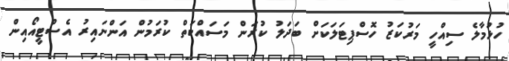
ހުޅުމާލެ ސިއްހީ މަރުކަޒު ހޮސްޕިޓަލަކަށް ބަދަލު ކުރަން މަސައްކަތް ކުރަމުން އަންނައިރު އެސްޓީއޯއިން